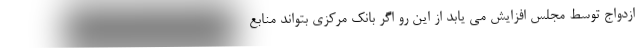
ازدواج توسط مجلس افزایش می یابد از این رو اگر بانک مرکزی بتواند منابع